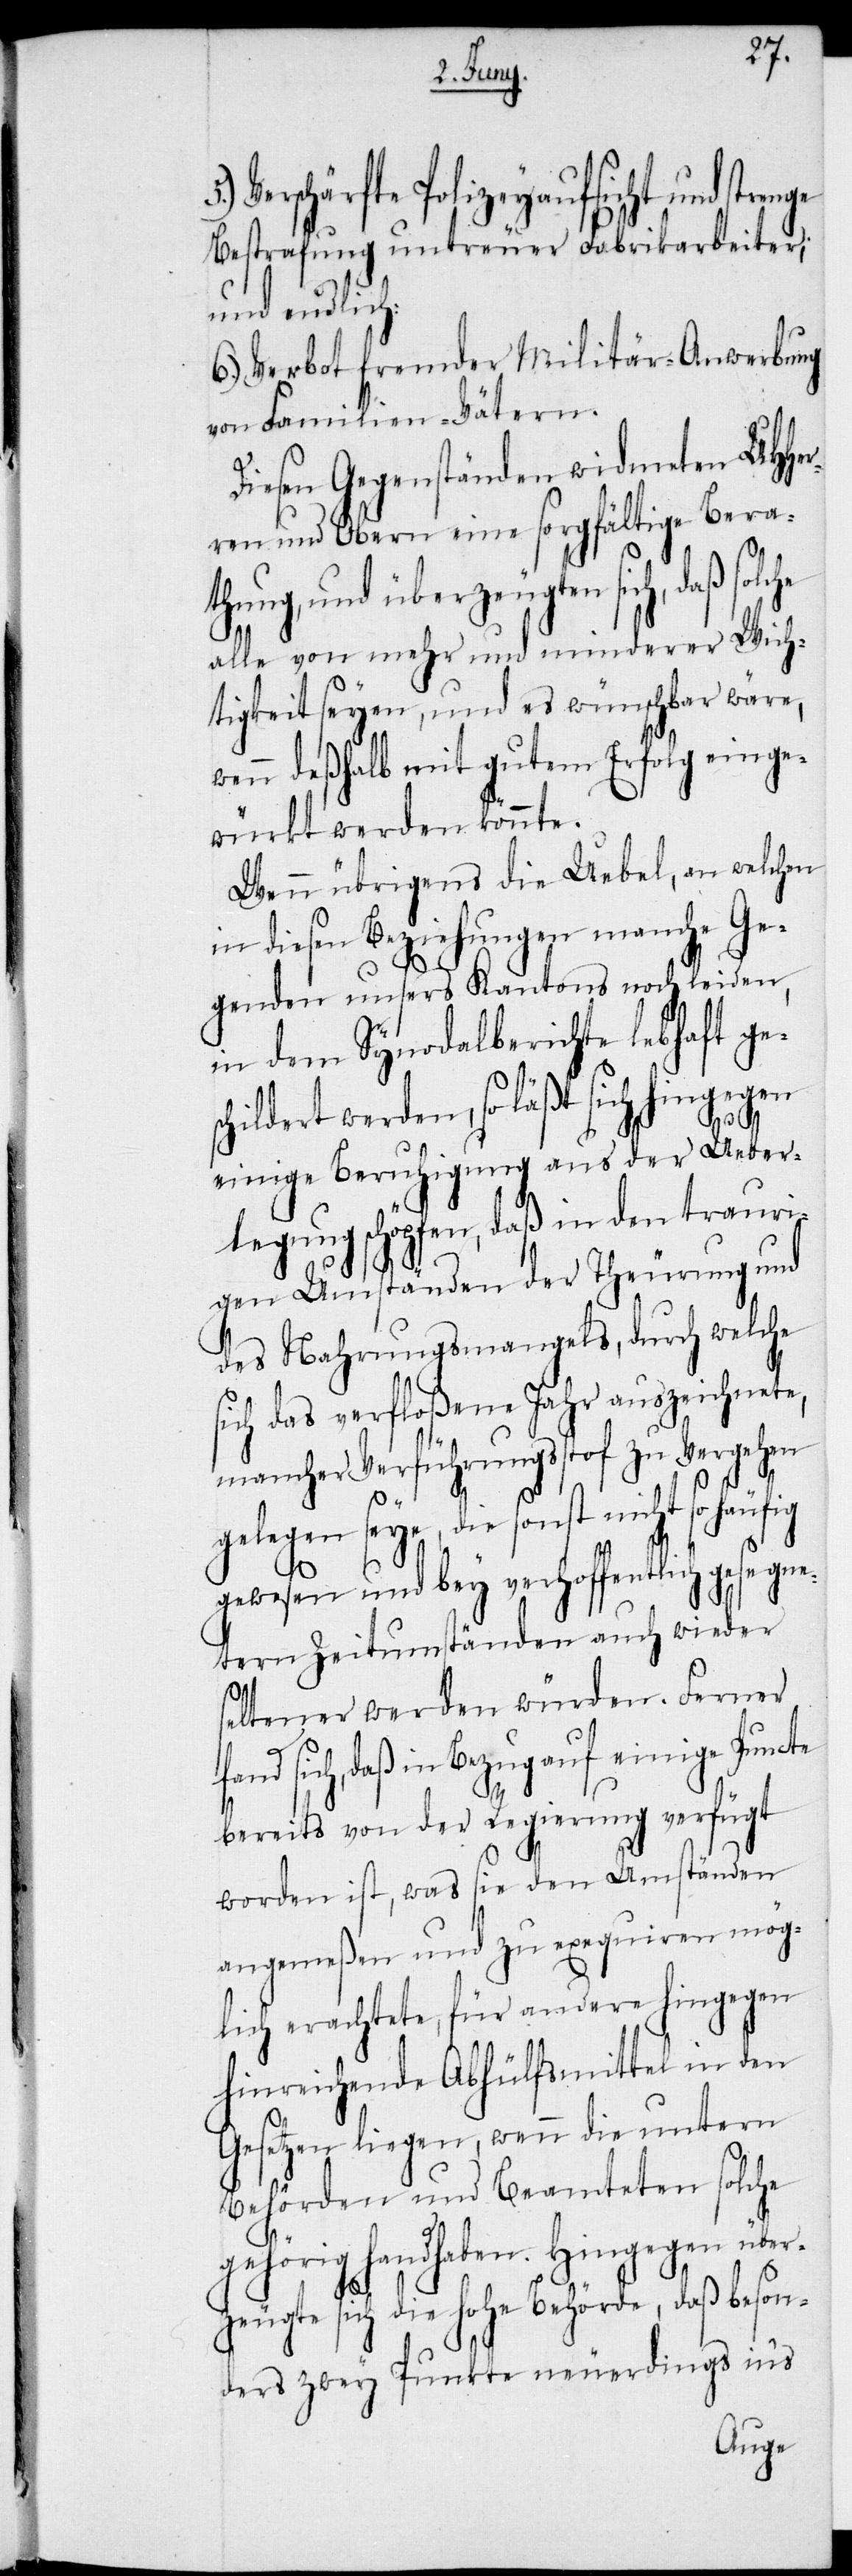
Verschärfte Polizeyaufsicht und stre¬
Bestrafung untreuer Fabrikarbeiter;
und endlich:
6.) Verbot fremder Militär-Anwerbung
von Familien-Vätern.
Diesen Gegenständen widmeten UHHer¬
ren und Obern eine sorgfältige Berat¬
hung, und überzeugten sich, daß
alle von mehr und minderer Wich¬
tigkeit seyen, und es wünschbar wäre,
wenn deßhalb mit gutem Erfolg einge¬
würkt werden könnte.
Wenn übrigens die Uebel, an welchen
in diesen Beziehungen manche Ge¬
genden unsers Kantons noch leiden,
in dem Synodalberichte lebhaft ges¬
childert werden, so läßt sich hingegen
einige Beruhigung aus der Ueber¬
legung schöpfen, daß in den trauri¬
gen Umständen der Theurung und
des Nahrungsmangels, durch welche
sich das verfloßene Jahr auszeichnete,
mancher Verführungsstof zu Vergehen
5.)
gelegen seye, die sonst nicht so häufig
gewesen und bey verhoffentlich gesegne¬
tern Zeitumständen auch wieder
seltener werden würden. Ferner
daß in Bezug auf einige Puncte
bereits von der Regierung verfügt
worden ist, was sie den Umständen
angemeßen und zu exequiren mög¬
lich erachtete, für andere hingegen
hinreichende Abhülfsmittel in den
Gesetzen liegen, wenn die untern
Behörden und Beamteten solche
gehörig handhaben. Hingegen über¬
zeugte sich die hohe Behörde, daß beson¬
ders zwey Punkte neuerdings in’s
nge